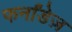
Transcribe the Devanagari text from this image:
फर्नांडेज़